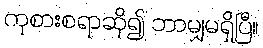
ကုစားစရာဆို၍ ဘာမျှမရှိပြီ။